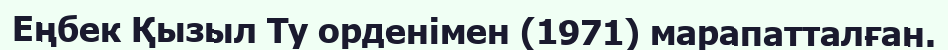
Еңбек Қызыл Ту орденімен (1971) марапатталған.